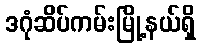
ဒဂုံဆိပ်ကမ်းမြို့နယ်ရှိ